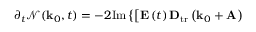
\partial _ { t } \mathcal { N } ( \mathbf { k } _ { 0 } , t ) = - 2 \mathrm { I m } \left\{ \left[ \mathbf { E } \left( t \right) \mathbf { D } _ { \mathrm { t r } } \left( \mathbf { k } _ { 0 } + \mathbf { A } \right) \right. \right.